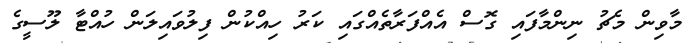
މާވިން މެޗު ނިންމާފައި ގޮސް އެއްފަރާތެއްގައި ކަރު ހިއްކުން ފިލުވައިލަން ހުއްޓާ ލޫސީގެ